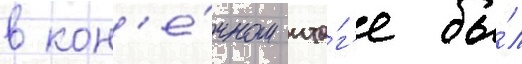
в кон'е́чном ито́г'е бы́л